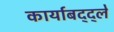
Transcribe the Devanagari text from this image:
कार्याबद्द्ले